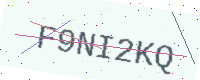
Text: F9NI2KQ